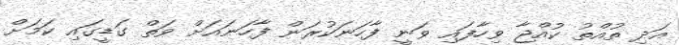
އަދި ތުއްތު ކުއްޖާ ވިހާފައި ވަނީ ފާހަނަކުރަން ފާހަނައަށް ވަތް ގަޑީގައި ކަމަށް